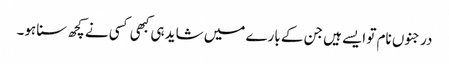
درجنوں نام تو ایسے ہیں جن کے بارے میں شاید ہی کبھی کسی نے کچھ سنا ہو۔